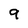
Character: 9